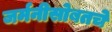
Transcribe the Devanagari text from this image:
जर्मनीसोबतचे